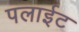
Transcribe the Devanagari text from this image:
पलाईट